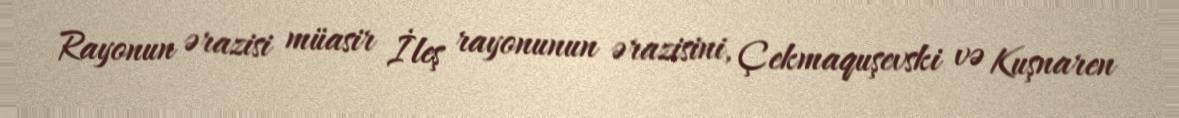
Rayonun ərazisi müasir İleş rayonunun ərazisini, Çekmaquşevski və Kuşnaren